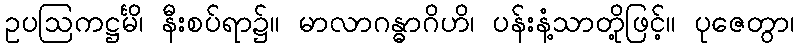
ဥပဩကဋ္ဌင်္မိ၊ နီးစပ်ရာ၌။ မာလာဂန္ဓာဂိဟိ၊ ပန်းနံ့သာတို့ဖြင့်။ ပုဇေတွာ၊